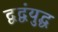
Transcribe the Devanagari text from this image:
द्वद्वंयुद्ध